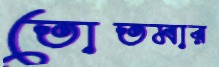
তোতমার